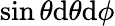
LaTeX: \sin\theta\mathrm{d}\theta\mathrm{d}\phi